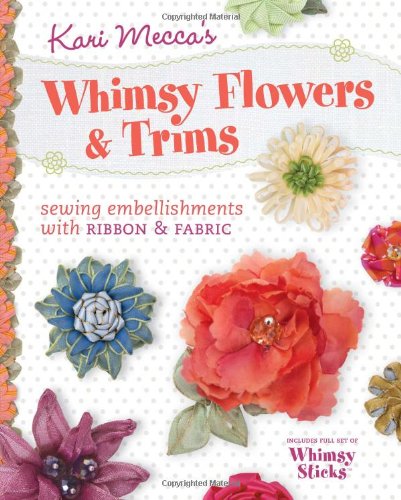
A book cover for Kari Mecca's Whimsy Flowers & Trims: Sewing Embellishments with Ribbon & Fabric; Kari Mecca; Crafts, Hobbies & Home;